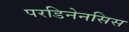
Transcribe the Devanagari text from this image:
परडिनेनसिस